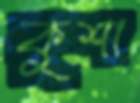
কুশা